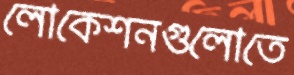
লোকেশনগুলোতে